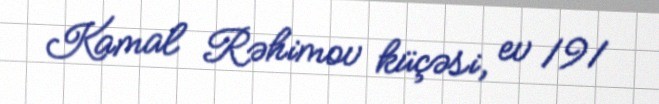
Kamal Rəhimov küçəsi, ev 191